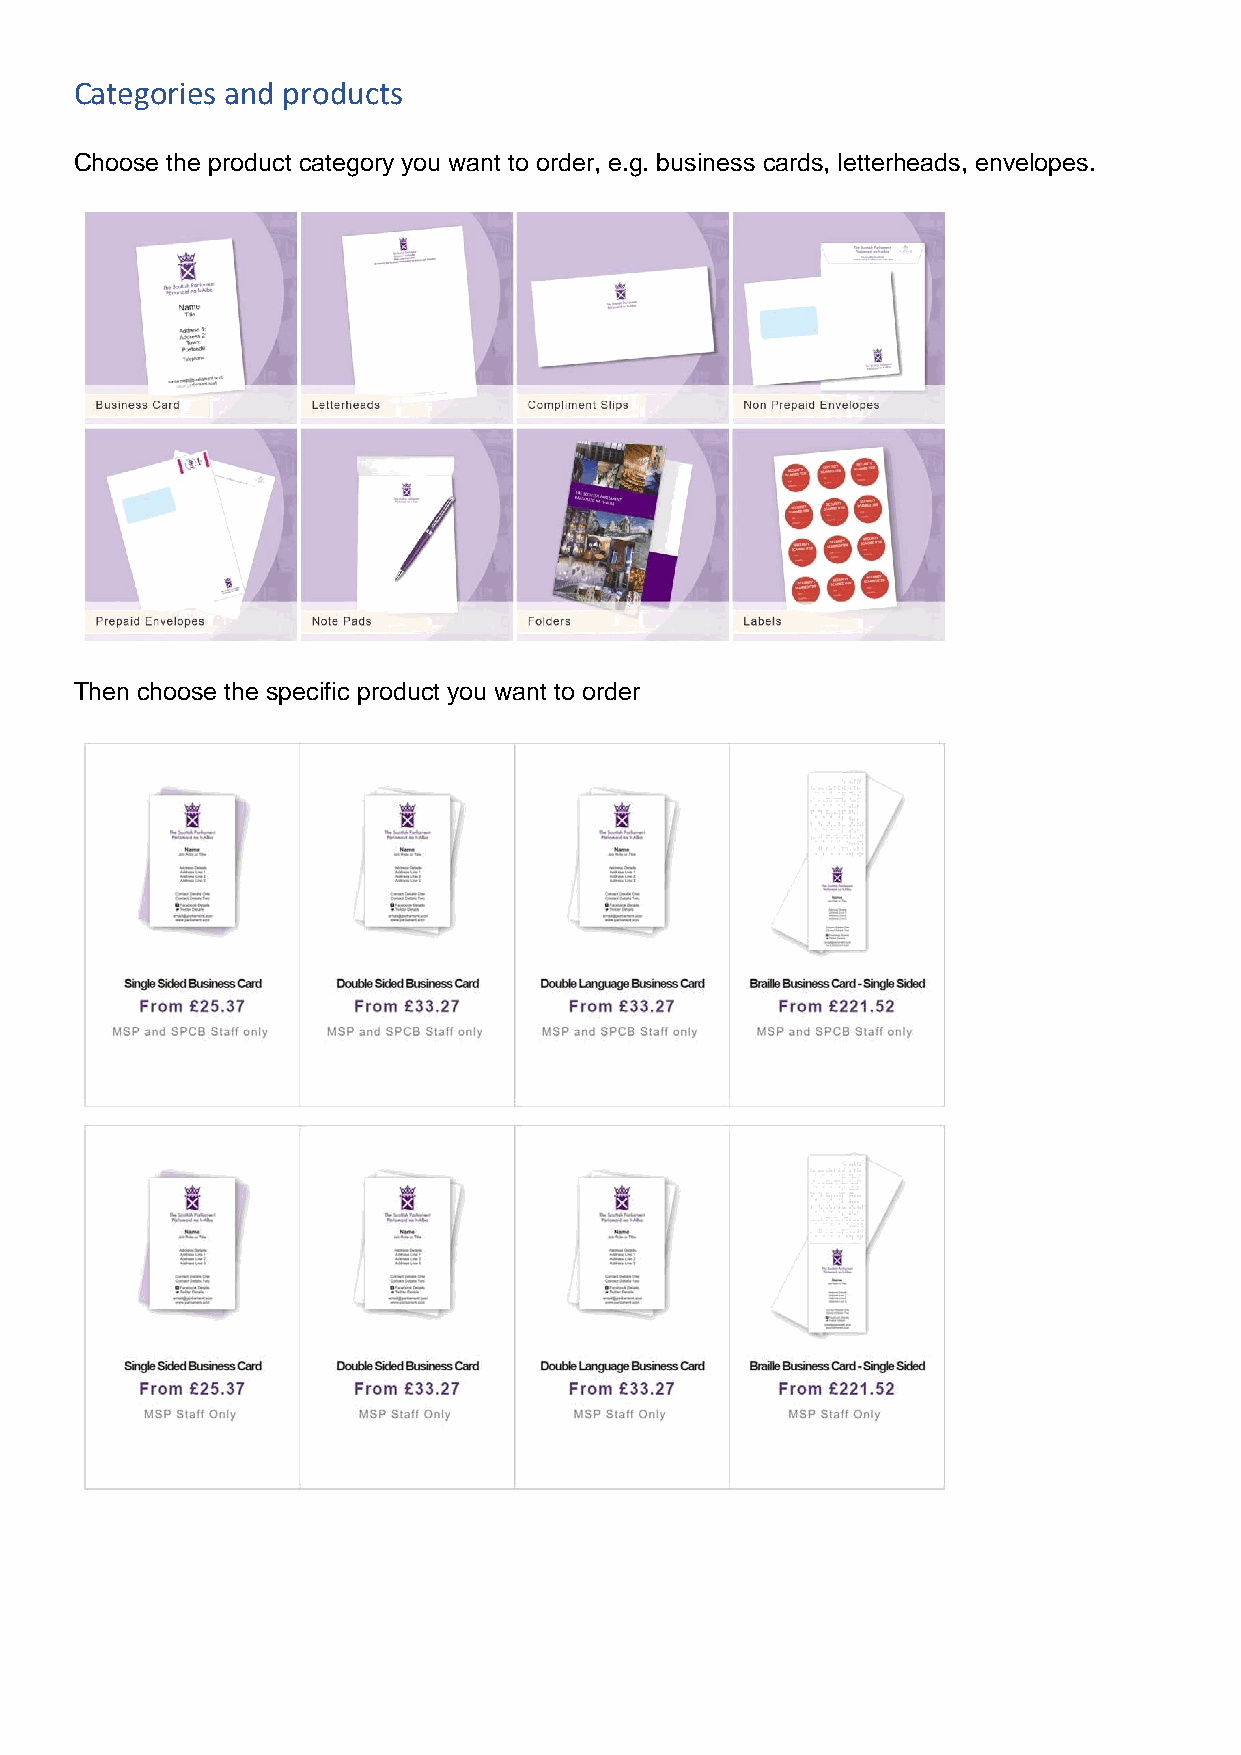
Categories and products
 Choose the product category you want to order, e.g. business cards, letterheads, envelopes.
 Then choose the specific product you want to order